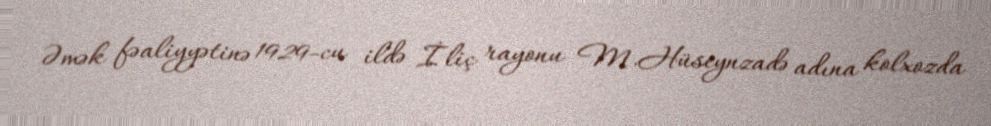
Əmək fəaliyyətinə 1929-cu ildə İliç rayonu M.Hüseynzadə adına kolxozda